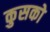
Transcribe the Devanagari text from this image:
कुसको